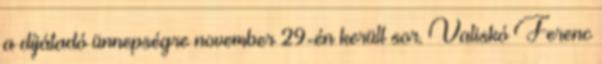
a díjátadó ünnepségre november 29-én került sor. Valiskó Ferenc